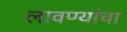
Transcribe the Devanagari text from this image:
लावण्यांचा